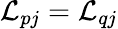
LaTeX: {\cal L}_{pj}={\cal L}_{qj}